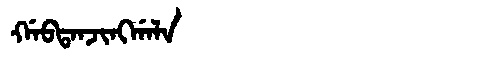
Manchu: ᡤᠠᠪᡨᠠᠨᠵᡳᠩᡤᠠᠯᠠ
Romanization: GABTANJINGGALA